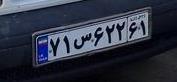
۷۱س۶۲۲۶۱